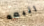
اتبعه